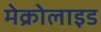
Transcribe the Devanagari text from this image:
मेक्रोलाइड